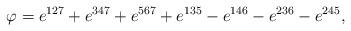
LaTeX: \begin{align*} \varphi=e^{127}+e^{347}+e^{567}+e^{135}-e^{146} -e^{236}-e^{245},\end{align*}